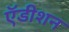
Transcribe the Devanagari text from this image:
ऍडीशन